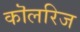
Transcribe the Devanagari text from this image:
कॊलरिज